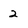
Character: 2